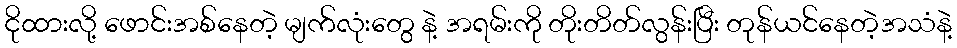
ငိုထားလို့ ဖောင်းအစ်နေတဲ့ မျက်လုံးတွေ နဲ့ အရမ်းကို တိုးတိတ်လွန်းပြီး တုန်ယင်နေတဲ့အသံနဲ့